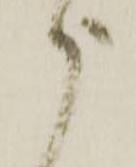
被